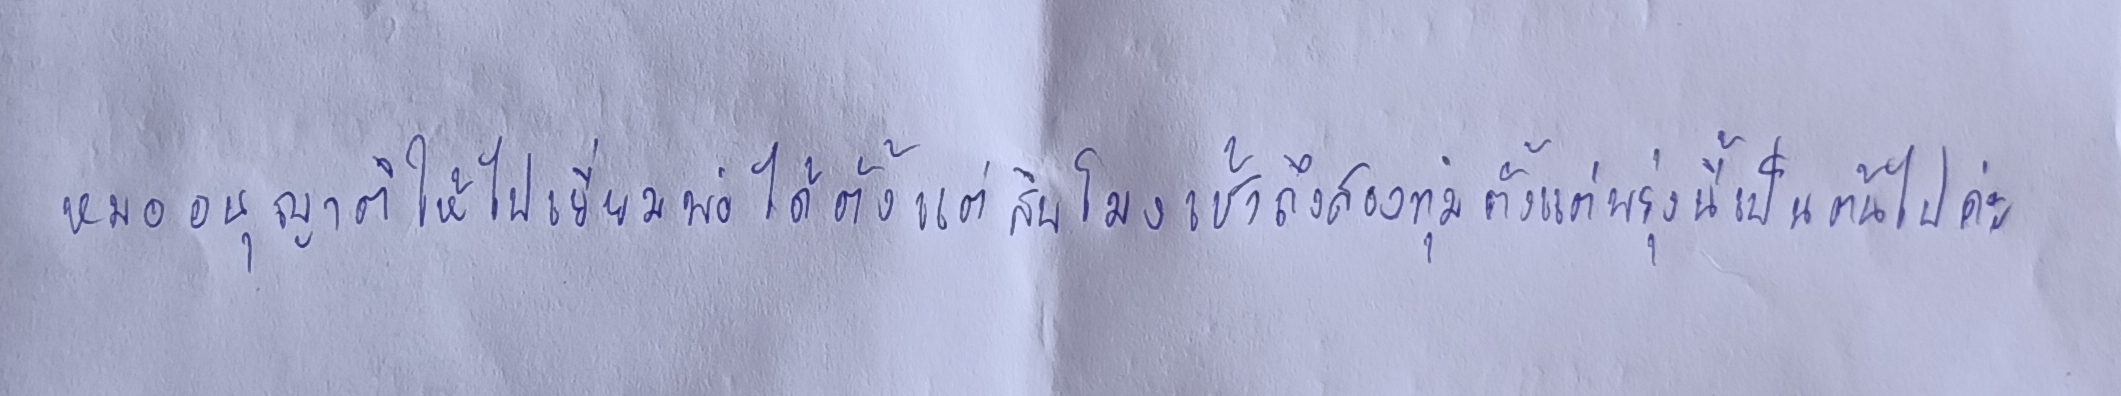
"หมออนุญาตให้ไปเยี่ยมพ่อได้ตั้งแต่สิบโมงเช้าถึงสองทุ่มตั้งแต่พรุ่งนี้เป็นต้นไปค่ะ